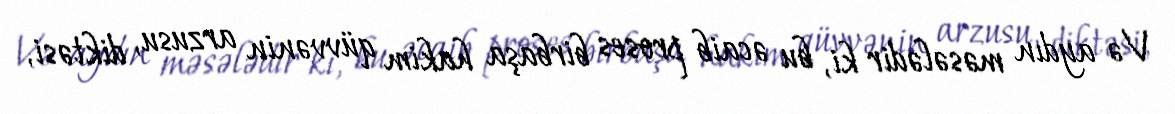
Və aydın məsələdir ki, bu əcaib proses birbaşa hakim qüvvənin arzusu, diktəsi,